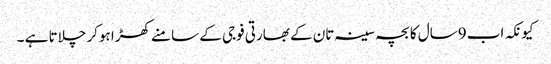
کیونکہ اب 9سال کا بچہ سینہ تان کے بھارتی فوجی کے سامنے کھڑا ہوکر چلاتا ہے ۔